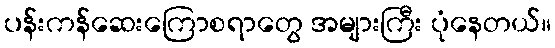
ပန်းကန်ဆေးကြောစရာတွေ အများကြီး ပုံနေတယ်။